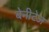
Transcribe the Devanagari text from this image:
बेनीटेज